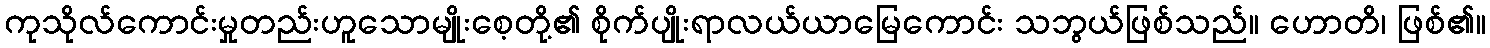
ကုသိုလ်ကောင်းမှုတည်းဟူသောမျိုးစေ့တို့၏ စိုက်ပျိုးရာလယ်ယာမြေကောင်း သဘွယ်ဖြစ်သည်။ ဟောတိ၊ ဖြစ်၏။